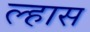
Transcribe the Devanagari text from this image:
ल्हास